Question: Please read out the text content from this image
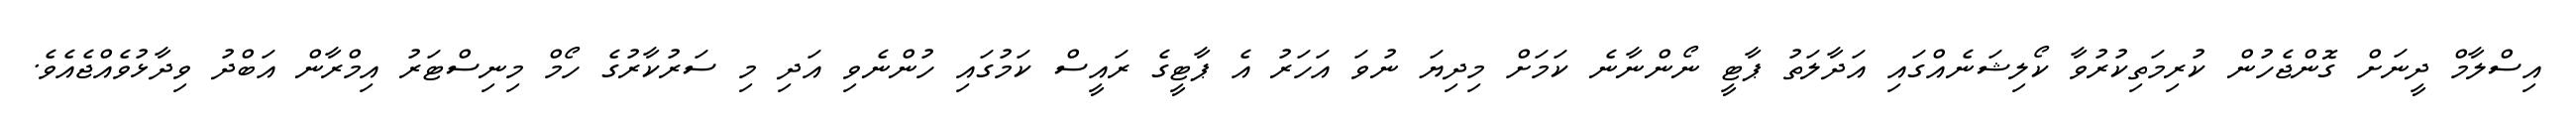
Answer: އިސްލާމް ދީނަށް ގޮންޖެހުން ކުރިމަތިކުރުވާ ކޯލިޝަނެއްގައި އަދާލަތު ޕާޓީ ނޯންނާނެ ކަމަށް މިދިޔަ ނުވަ އަހަރު އެ ޕާޓީގެ ރައީސް ކަމުގައި ހުންނެވި އަދި މި ސަރުކާރުގެ ހޯމް މިނިސްޓަރު އިމްރާން އަބްދު ވިދާޅުވެއްޖެއެވެ.